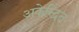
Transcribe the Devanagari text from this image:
अकेन्द्रित